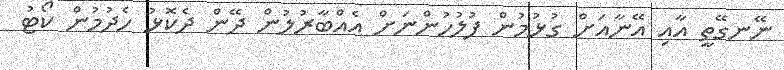
ނޭނގޭތީ އާއި އޭނާއަށް ގުޅުމުން ފުލުހުންނަށް އެއްބާރުލުން ދޭން ދެކޮޅު ހެދުމުން ކޯޓު